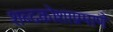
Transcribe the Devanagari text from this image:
शब्दकोशाप्रमाणे